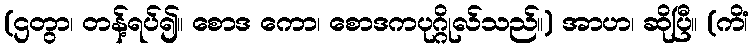
(ဌတွာ၊ တန့်ရပ်၍။ စောဒ ကော၊ စောဒကပုဂ္ဂိုလ်သည်။) အာဟ၊ ဆိုပြီ။ (ကိံ၊